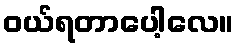
ဝယ်ရတာပေါ့လေ။